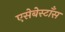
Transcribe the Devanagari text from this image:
एसेबेस्टाँस